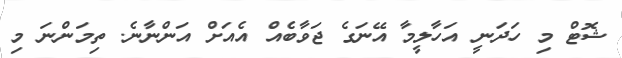
ޝޮޓް މި ހަދަނީ އަހާލީމާ އޭނަގެ ޖަވާބެއް އެއަށް އަންނާނެ. ތިމަންނަ މި